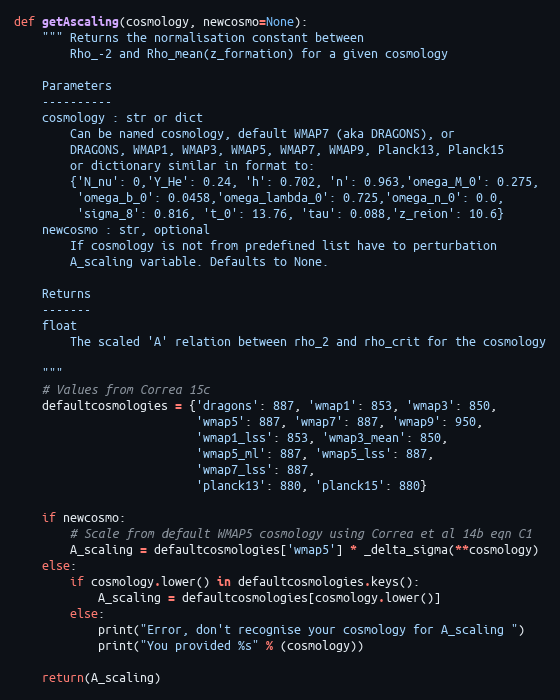
Language: Python
def getAscaling(cosmology, newcosmo=None):
    """ Returns the normalisation constant between
        Rho_-2 and Rho_mean(z_formation) for a given cosmology

    Parameters
    ----------
    cosmology : str or dict
        Can be named cosmology, default WMAP7 (aka DRAGONS), or
        DRAGONS, WMAP1, WMAP3, WMAP5, WMAP7, WMAP9, Planck13, Planck15
        or dictionary similar in format to:
        {'N_nu': 0,'Y_He': 0.24, 'h': 0.702, 'n': 0.963,'omega_M_0': 0.275,
         'omega_b_0': 0.0458,'omega_lambda_0': 0.725,'omega_n_0': 0.0,
         'sigma_8': 0.816, 't_0': 13.76, 'tau': 0.088,'z_reion': 10.6}
    newcosmo : str, optional
        If cosmology is not from predefined list have to perturbation
        A_scaling variable. Defaults to None.

    Returns
    -------
    float
        The scaled 'A' relation between rho_2 and rho_crit for the cosmology

    """
    # Values from Correa 15c
    defaultcosmologies = {'dragons': 887, 'wmap1': 853, 'wmap3': 850,
                          'wmap5': 887, 'wmap7': 887, 'wmap9': 950,
                          'wmap1_lss': 853, 'wmap3_mean': 850,
                          'wmap5_ml': 887, 'wmap5_lss': 887,
                          'wmap7_lss': 887,
                          'planck13': 880, 'planck15': 880}

    if newcosmo:
        # Scale from default WMAP5 cosmology using Correa et al 14b eqn C1
        A_scaling = defaultcosmologies['wmap5'] * _delta_sigma(**cosmology)
    else:
        if cosmology.lower() in defaultcosmologies.keys():
            A_scaling = defaultcosmologies[cosmology.lower()]
        else:
            print("Error, don't recognise your cosmology for A_scaling ")
            print("You provided %s" % (cosmology))

    return(A_scaling)